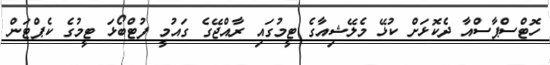
ހޮޓްސްޕާސްއާ ދެކޮޅަށް ކުޅޭ މެލޭޝިއާގެ ޓީމުގައި ރާއްޖޭގެ ގައުމީ ފުޓްބޯޅަ ޓީމުގެ ކެޕްޓަން